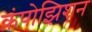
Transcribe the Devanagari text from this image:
कंपोझिशन